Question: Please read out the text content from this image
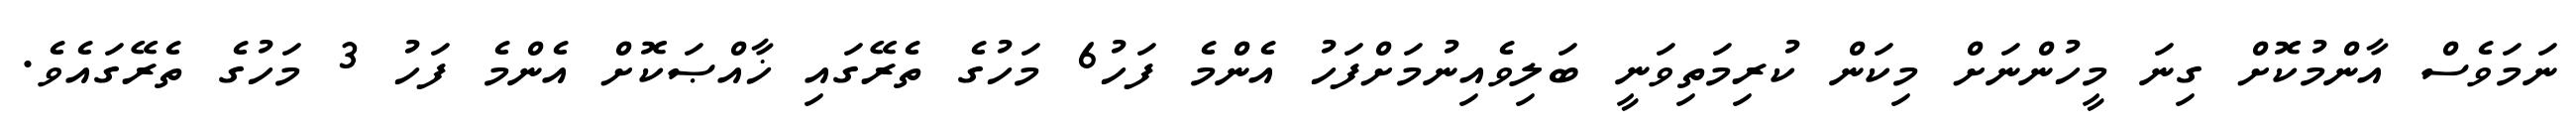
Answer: ނަމަވެސް އާންމުކޮށް ގިނަ މީހުންނަށް މިކަން ކުރިމަތިވަނީ ބަލިވެއިނުމަށްފަހު އެންމެ ފަހު6 މަހުގެ ތެރޭގައި ޚާއްޞަކޮށް އެންމެ ފަހު 3 މަހުގެ ތެރޭގައެވެ.